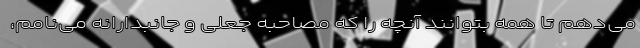
می‌دهم تا همه بتوانند آنچه را که مصاحبه جعلی و جانبدارانه می‌نامم،